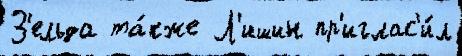
З'ельда та́кже Л'ишин пр'иглас'и́л